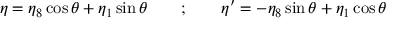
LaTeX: \eta = \eta _ { 8 } \cos \theta + \eta _ { 1 } \sin \theta \quad \quad ; \quad \quad \eta ^ { \prime } = - \eta _ { 8 } \sin \theta + \eta _ { 1 } \cos \theta